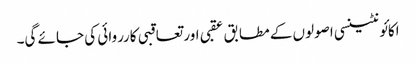
اکائونٹینسی اصولوں کے مطابق عقبی اور تعاقبی کارروائی کی جائے گی۔